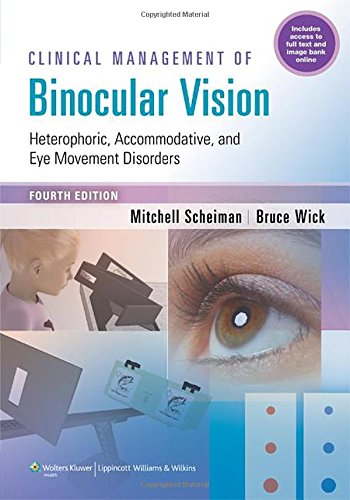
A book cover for Clinical Management of Binocular Vision: Heterophoric, Accommodative, and Eye Movement Disorders; Mitchell Scheiman OD; Medical Books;